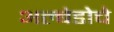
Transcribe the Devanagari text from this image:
अल्बेडोचे